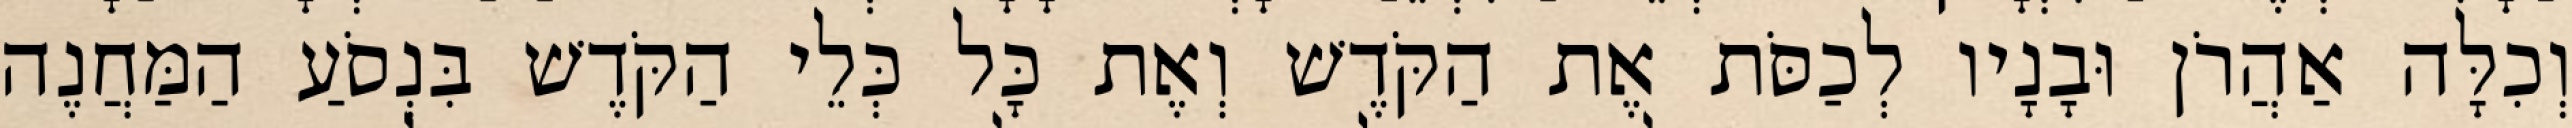
וְכִלָּה אַהֲרֹן וּבָנָיו לְכַסֹּת אֶת הַקֹּדֶשׁ וְאֶת כָּל כְּלֵי הַקֹּדֶשׁ בִּנְסֹעַ הַמַּחֲנֶה